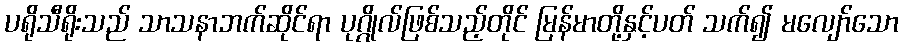
ပရိုသီရိုးသည် သာသနာဘက်ဆိုင်ရာ ပုဂ္ဂိုလ်ဖြစ်သည့်တိုင် မြန်မာတို့နှင့်ပတ် သက်၍ မလျော်သော